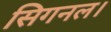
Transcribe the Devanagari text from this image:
सिगनल।